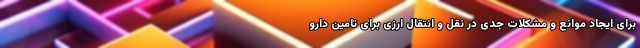
برای ایجاد موانع و مشکلات جدی در نقل و انتقال ارزی برای تامین دارو